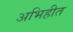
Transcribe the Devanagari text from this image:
अभिहीत